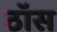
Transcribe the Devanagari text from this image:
ठॉस